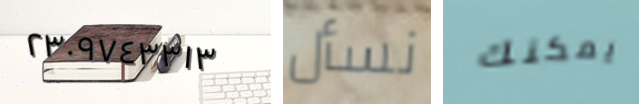
٢٣٠٩٧٤٣٣١٣ نسأل يمكنك